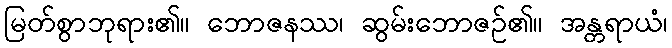
မြတ်စွာဘုရား၏။ ဘောဇနဿ၊ ဆွမ်းဘောဇဉ်၏။ အန္တရာယံ၊